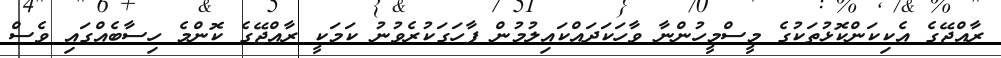
ރާއްޖޭގެ އެކިކަންކޮޅުތަކުގެ މީސްމީހުންނާ ވާހަކަދައްކައިލުމުން ފާހަގަކުރެވުނު ކަމަކީ ރާއްޖޭގެ ކޮންމެ ހިސާބެއްގައި ވެސް